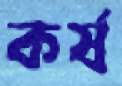
কর্ষ